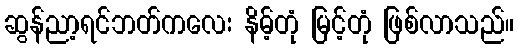
ဆွန်ညာ့ရင်ဘတ်ကလေး နိမ့်တုံ မြင့်တုံ ဖြစ်လာသည်။